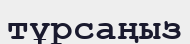
тұрсаңыз